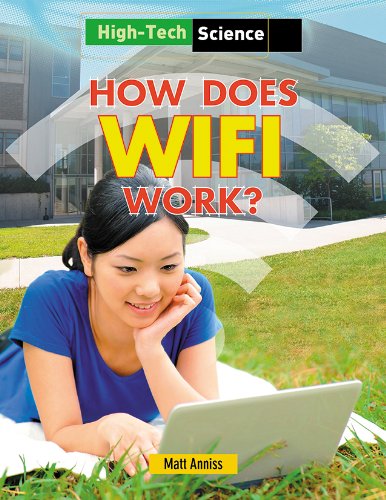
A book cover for How Does Wifi Work? (High-Tech Science); Matt Anniss; Children's Books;